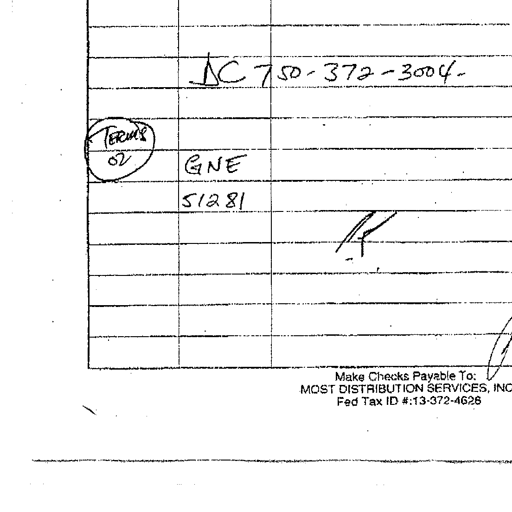
DC 750-372-3004-
TERMS 02 GNE
51281
R
Make Checks Payable To:
MOST DISTRIBUTION SERVICES, INC.
Fed Tax ID #: 13-372-4626